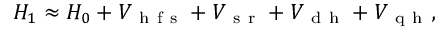
\begin{array} { r } { { H _ { 1 } } \approx H _ { 0 } + V _ { \mathrm { ~ h ~ f ~ s ~ } } + V _ { \mathrm { ~ s ~ r ~ } } + V _ { \mathrm { ~ d ~ h ~ } } + V _ { \mathrm { ~ q ~ h ~ } } , } \end{array}